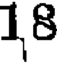
18